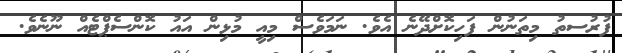
ފުރުސތު މިތަނުން ފަހިކޮށްދޭނެ އެވެ. ނަމަވެސް މިއީ މުޅިން އައު ކޮންސެޕްޓެއް ނޫނެވެ.